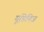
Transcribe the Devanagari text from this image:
यूडिनिज़